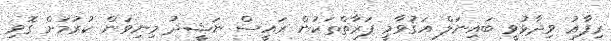
ރިފާޢު ވިދާޅުވީ ބައިނަލް އަޤުވާމީ ފަރާތްތަކުން ރައީސް ނަޝީދު މިނިވަން ކުރުމަށް ގޮވި